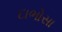
દાભોસા